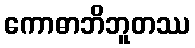
ကောဓာဘိဘူတဿ